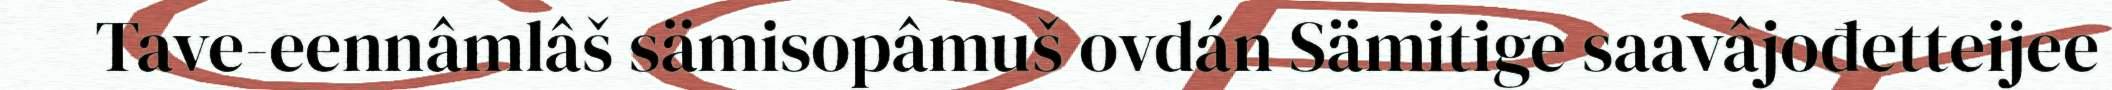
Tave-eennâmlâš sämisopâmuš ovdán Sämitige saavâjođetteijee